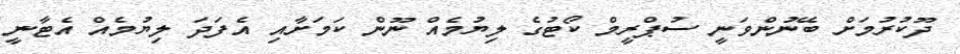
ދޫކުރުމަށް ބޭނުންވަނީ ސުޕްރީމް ކޯޓުގެ ލިޔުމެއް ނޫން ކަމަށާއި އެފަދަ ލިޔުމެއް އެޓާނީ